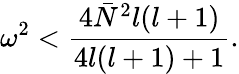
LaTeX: \omega^{2}<\frac{4\bar{N}^{2}l(l+1)}{4l(l+1)+1}.